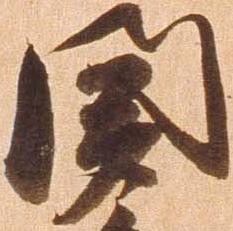
聞